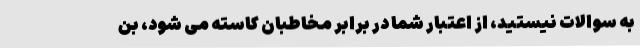
به سوالات نیستید، از اعتبار شما در برابر مخاطبان کاسته می شود، بن